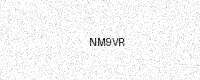
Text: NM9VR